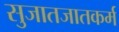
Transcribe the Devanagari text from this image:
सुजातजातकर्म